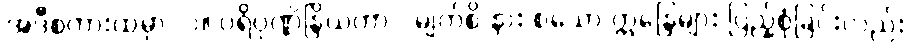
အဲဒီစကားထဲမှာ -၁။ ပရိပုဏ္ဏိန္ဒြိယတာ - မျက်စိ နား စသော ဣန္ဒြေများ ပြည့်စုံခြင်းလည်း